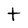
Character: t